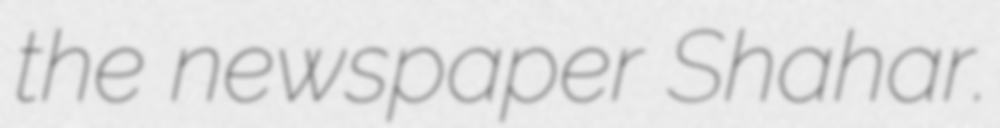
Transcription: the newspaper Shahar.